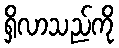
ရှိလာသည်ကို